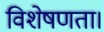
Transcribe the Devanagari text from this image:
विशेषणता।